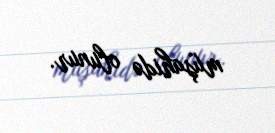
müşahidə olunur.